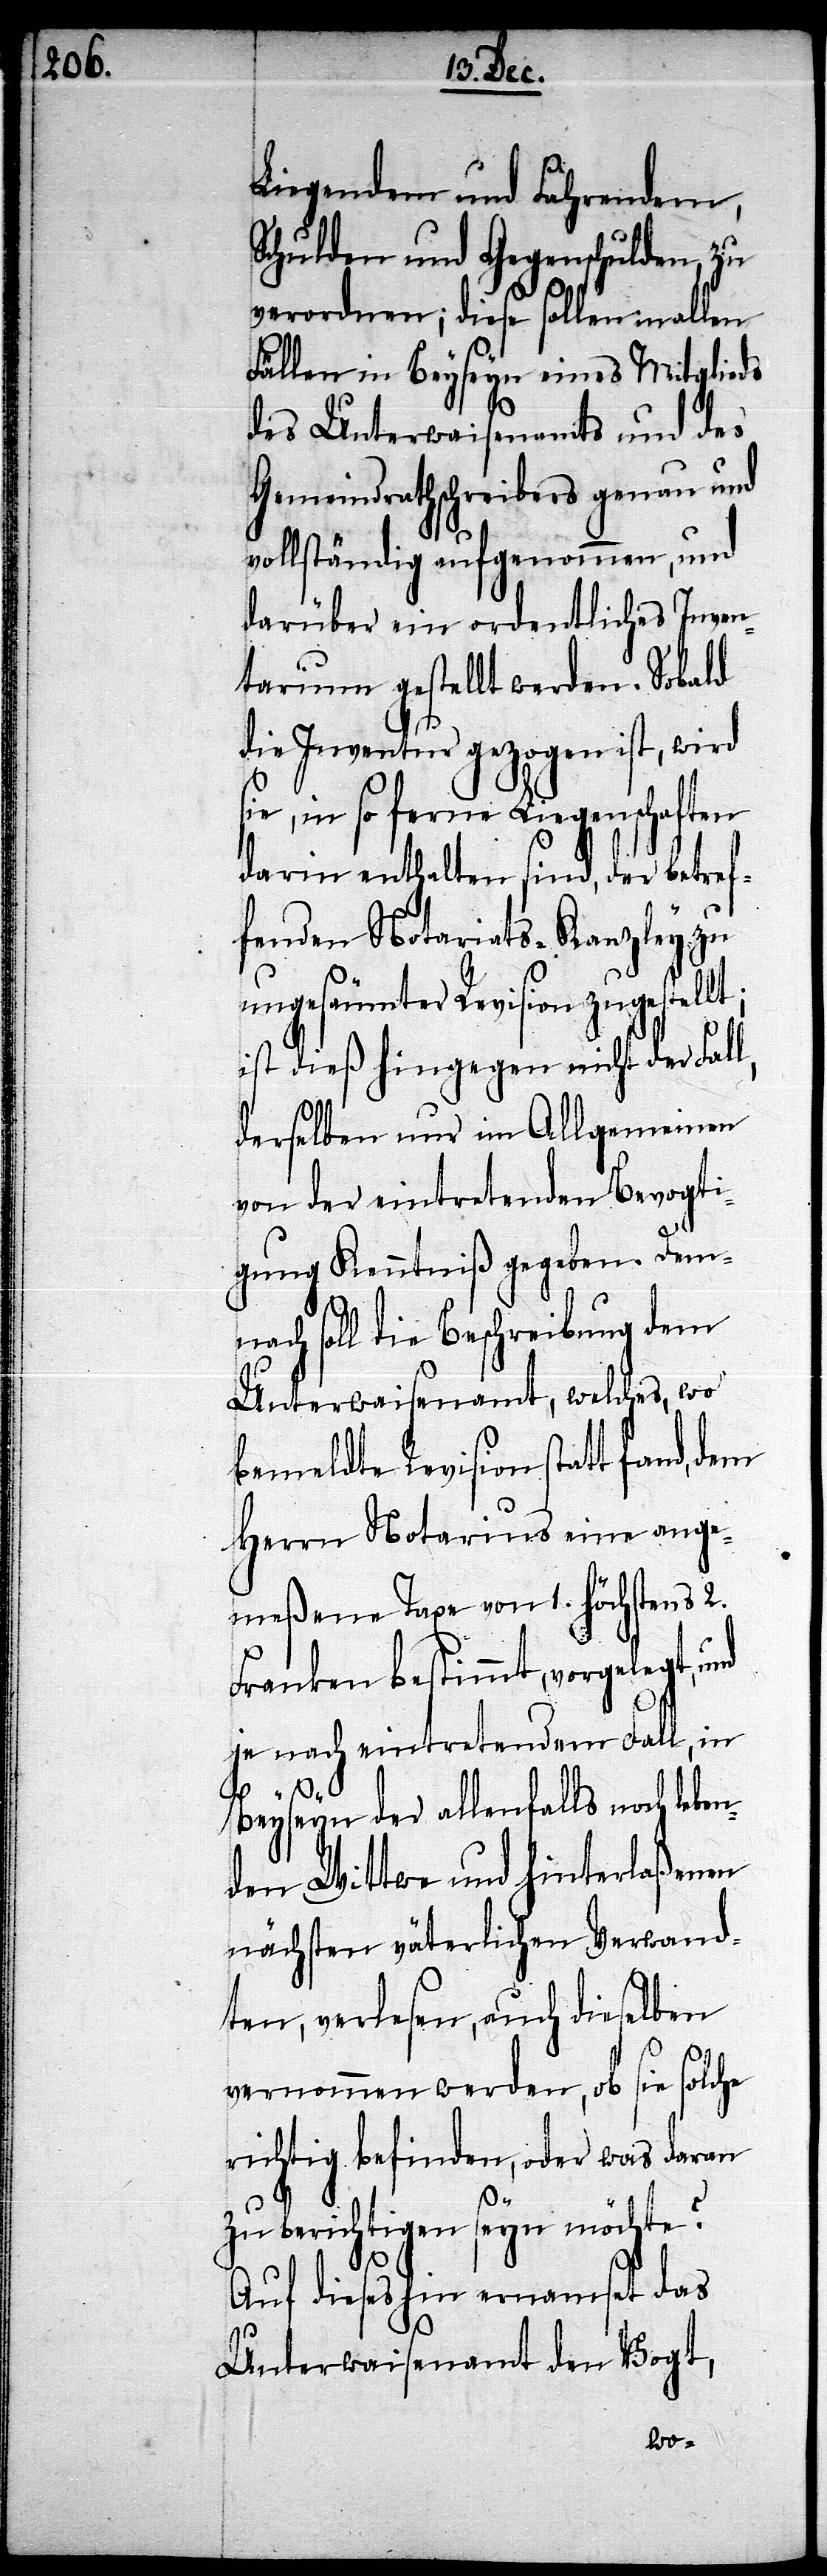
Liegendem und Fahrendem,
Schulden und Gegenschulden, zu
verordnen; diese sollen in allen
Fällen in Beyseyn eines Mitgliedes
des Unterwaisenamts und des
Gemeindrathschreibers genau und
vollständig aufgenommen, und
darüber ein ordentliches Inven¬
tarium gestellt werden. Sobald
die Inventur gezogen ist, wird
sie, in so ferne Liegenschaften
darin enthalten sind, der betref¬
fenden Notariats-Kanzley zu
ungesäumter Revision zugestel¬
ist dieß hingegen nicht der Fall,
derselben nur im Allgemeinen
von der eintretenden Bevogti¬
gung Kenntniß gegeben. Demn¬
ach soll die Beschreibung dem
Unterwaisenamt, welches wo
bemeldte Revision statt fand, dem
Herrn Notarius eine ange¬
meßene Taxe von 1. Höchstens 2.
Franken bestimmt, vorgelegt,
je nach eintretendem Fall, in
Beyseyn der allenfalls noch leben¬
den Wittwe und hinterlaßenen
nächsten väterlichen Verwand¬
ten, verlesen, auch dieselben
vernommen werden, ob sie solche
richtig befinden, oder was daran
lt;
zu berichtigen seyn möchte?
Auf dieses hin ernamset das
Unterwaisenamt den Vogt,